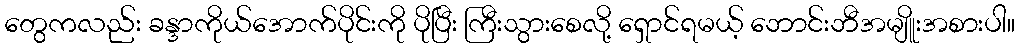
တွေကလည်း ခန္ဒာကိုယ်အောက်ပိုင်းကို ပိုပြီး ကြီးသွားစေလို့ ရှောင်ရမယ့် ဘောင်းဘီအမျိူးအစားပါ။